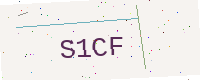
Text: S1CF